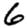
Digit: 6